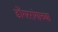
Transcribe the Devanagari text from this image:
डोंगररांगाच्या